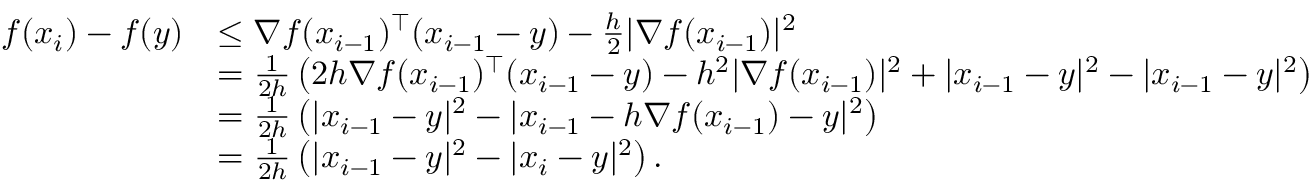
\begin{array} { r l } { f ( x _ { i } ) - f ( y ) } & { \leq \nabla f ( x _ { i - 1 } ) ^ { \top } ( x _ { i - 1 } - y ) - \frac { h } { 2 } | \nabla f ( x _ { i - 1 } ) | ^ { 2 } } \\ & { = \frac { 1 } { 2 h } \left( 2 h \nabla f ( x _ { i - 1 } ) ^ { \top } ( x _ { i - 1 } - y ) - h ^ { 2 } | \nabla f ( x _ { i - 1 } ) | ^ { 2 } + | x _ { i - 1 } - y | ^ { 2 } - | x _ { i - 1 } - y | ^ { 2 } \right) } \\ & { = \frac { 1 } { 2 h } \left( | x _ { i - 1 } - y | ^ { 2 } - | x _ { i - 1 } - h \nabla f ( x _ { i - 1 } ) - y | ^ { 2 } \right) } \\ & { = \frac { 1 } { 2 h } \left( | x _ { i - 1 } - y | ^ { 2 } - | x _ { i } - y | ^ { 2 } \right) . } \end{array}